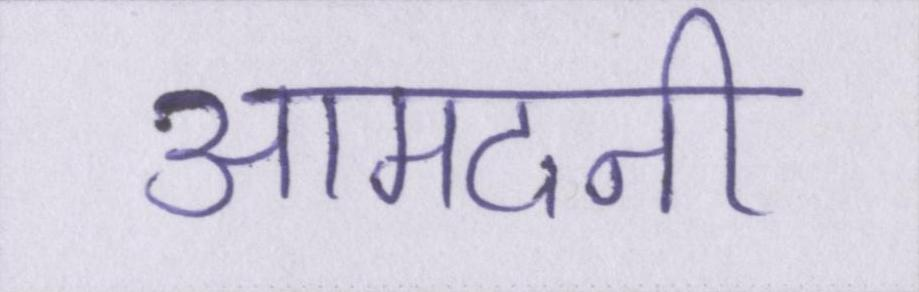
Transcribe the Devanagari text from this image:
आमदनी